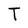
Character: T